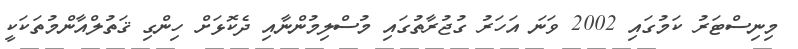
މިނިސްޓަރު ކަމުގައި 2002 ވަނަ އަހަރު ގުޖުރާތުގައި މުސްލިމުންނާއި ދެކޮޅަށް ހިންގި ޤަތުލްއާންމުތަކަކީ